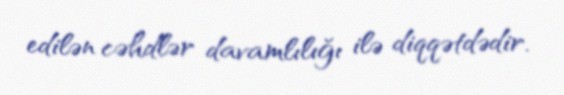
edilən cəhdlər davamlılığı ilə diqqətdədir.